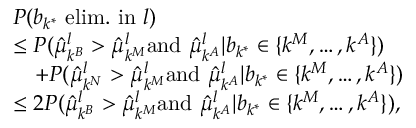
\begin{array} { r l } & { P ( b _ { k ^ { * } } \mathrm { ~ e l i m . ~ i n ~ } l ) } \\ & { \le P ( \hat { \mu } _ { k ^ { B } } ^ { l } > \hat { \mu } _ { k ^ { M } } ^ { l } \mathrm { a n d } \, \, \hat { \mu } _ { k ^ { A } } ^ { l } | b _ { k ^ { * } } \in \{ k ^ { M } , \dots , k ^ { A } \} ) } \\ & { \quad + P ( \hat { \mu } _ { k ^ { N } } ^ { l } > \hat { \mu } _ { k ^ { M } } ^ { l } \mathrm { a n d } \, \, \hat { \mu } _ { k ^ { A } } ^ { l } | b _ { k ^ { * } } \in \{ k ^ { M } , \dots , k ^ { A } \} ) } \\ & { \le 2 P ( \hat { \mu } _ { k ^ { B } } ^ { l } > \hat { \mu } _ { k ^ { M } } ^ { l } \mathrm { a n d } \, \, \hat { \mu } _ { k ^ { A } } ^ { l } | b _ { k ^ { * } } \in \{ k ^ { M } , \dots , k ^ { A } \} ) , } \end{array}